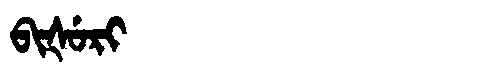
Manchu: ᠪᡳᡧᡠᡵᡳ
Romanization: BIŠURI